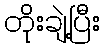
တိုးချဲ့ပြီး